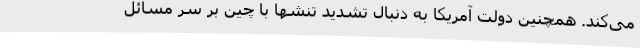
می‌کند. همچنین دولت آمریکا به دنبال تشدید تنشها با چین بر سر مسائل